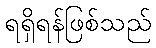
ရရှိရန်ဖြစ်သည်